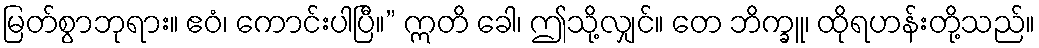
မြတ်စွာဘုရား။ ဧဝံ၊ ကောင်းပါပြီ။” ဣတိ ခေါ၊ ဤသို့လျှင်။ တေ ဘိက္ခူ၊ ထိုရဟန်းတို့သည်။